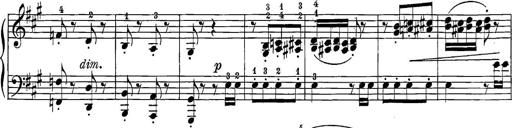
Title: 12 Sonatine per Pianoforte
Composer: Friedrich Kuhlau